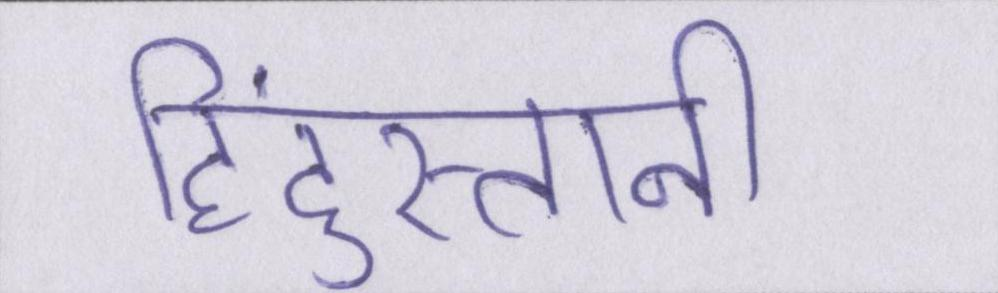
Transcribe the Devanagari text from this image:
हिंदुस्तानी